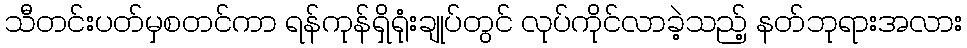
သီတင်းပတ်မှစတင်ကာ ရန်ကုန်ရှိရုံးချုပ်တွင် လုပ်ကိုင်လာခဲ့သည့် နတ်ဘုရားအလား